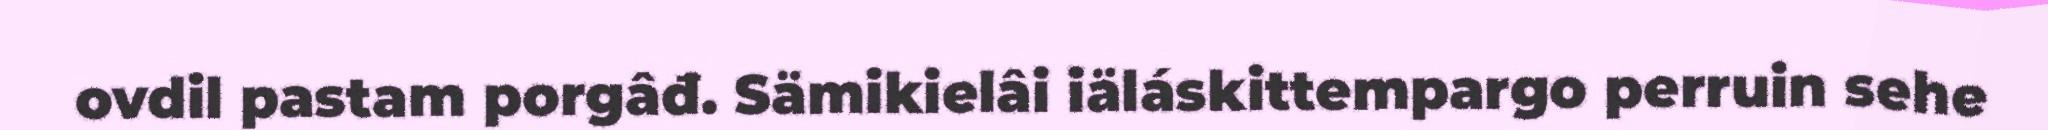
ovdil pastam porgâđ. Sämikielâi iäláskittempargo perruin sehe